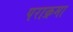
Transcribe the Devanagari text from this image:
पराक्रमा